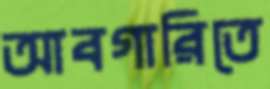
আবগারিতে